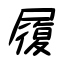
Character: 履